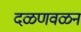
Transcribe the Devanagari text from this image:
दळणवळन